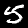
Digit: 5